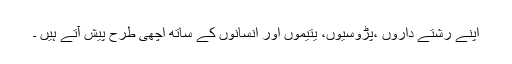
اپنے رشتے داروں ،پڑوسیوں، یتیموں اور انسانوں کے ساتھ اچھی طرح پیش آتے ہیں ۔